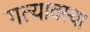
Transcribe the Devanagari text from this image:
गत्यावस्था